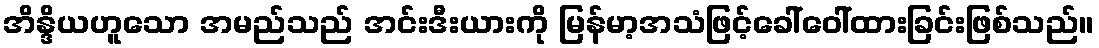
အိန္ဒိယဟူသော အမည်သည် အင်းဒီးယားကို မြန်မာ့အသံဖြင့်ခေါ်ဝေါ်ထားခြင်းဖြစ်သည်။